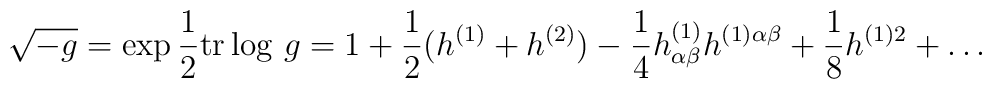
\sqrt{-g}=\exp{1\over 2}{\rm tr}\log\,g=1+{1\over 2}(h^{(1)}+h^{(2)})-{1\over4}h^{(1)}_{\alpha\beta}h^{(1)\alpha\beta}+{1\over 8}h^{(1)2}+\ldots